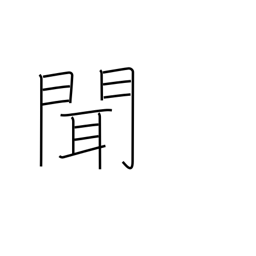
Meaning: hear